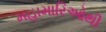
મહામારિઓથી